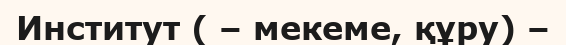
Институт ( – мекеме, құру) –